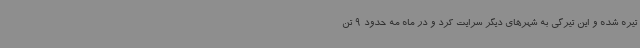
تیره شده و این تیرگی به شهرهای دیگر سرایت کرد و در ماه مه حدود 9 تن